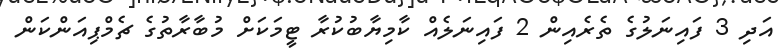
އަދި 3 ފައިނަލުގެ ތެރެއިން 2 ފައިނަލެއް ކާމިޔާބުކުރާ ޓީމަކަށް މުބާރާތުގެ ޗެމްޕިއަންކަން